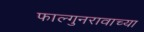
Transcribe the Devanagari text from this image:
फाल्गुनरावाच्या